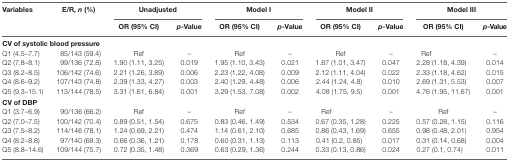
<table><thead><tr><td rowspan="2"><b>Variables</b></td><td rowspan="2"><b>E/R, <i>n</i> (%)</b></td><td colspan="2"><b>Unadjusted</b></td><td colspan="2"><b>Model I</b></td><td colspan="2"><b>Model II</b></td><td colspan="2"><b>Model III</b></td></tr><tr><td><b>OR (95% CI)</b></td><td><b><i>p</i>-Value</b></td><td><b>OR (95% CI)</b></td><td><b><i>p</i>-Value</b></td><td><b>OR (95% CI)</b></td><td><b><i>p</i>-Value</b></td><td><b>OR (95% CI)</b></td><td><b><i>p</i>-Value</b></td></tr></thead><tbody><tr><td colspan="10"><b>CV of systolic blood pressure</b></td></tr><tr><td>Q1 (4.5–7.7)</td><td>85/143 (59.4)</td><td>Ref</td><td>–</td><td>Ref</td><td>–</td><td>Ref</td><td>–</td><td>Ref</td><td>–</td></tr><tr><td>Q2 (7.8–8.1)</td><td>99/136 (72.8)</td><td>1.90 (1.11, 3.25)</td><td>0.019</td><td>1.95 (1.10, 3.43)</td><td>0.021</td><td>1.87 (1.01, 3.47)</td><td>0.047</td><td>2.28 (1.18, 4.39)</td><td>0.014</td></tr><tr><td>Q3 (8.2–8.5)</td><td>106/142 (74.6)</td><td>2.21 (1.26, 3.89)</td><td>0.006</td><td>2.23 (1.22, 4.08)</td><td>0.009</td><td>2.12 (1.11, 4.04)</td><td>0.022</td><td>2.33 (1.18, 4.62)</td><td>0.015</td></tr><tr><td>Q4 (8.6–9.2)</td><td>107/143 (74.8)</td><td>2.39 (1.33, 4.27)</td><td>0.003</td><td>2.40 (1.29, 4.48)</td><td>0.006</td><td>2.44 (1.24, 4.8)</td><td>0.010</td><td>2.69 (1.31, 5.53)</td><td>0.007</td></tr><tr><td>Q5 (9.3–15.1)</td><td>113/144 (78.5)</td><td>3.31 (1.61, 6.84)</td><td>0.001</td><td>3.29 (1.53, 7.08)</td><td>0.002</td><td>4.08 (1.75, 9.5)</td><td>0.001</td><td>4.76 (1.95, 11.67)</td><td>0.001</td></tr><tr><td colspan="10"><b>CV of DBP</b></td></tr><tr><td>Q1 (3.7–6.9)</td><td>90/136 (66.2)</td><td>Ref</td><td>–</td><td>Ref</td><td>–</td><td>Ref</td><td>–</td><td>Ref</td><td>–</td></tr><tr><td>Q2 (7.0–7.5)</td><td>100/142 (70.4)</td><td>0.89 (0.51, 1.54)</td><td>0.675</td><td>0.83 (0.46, 1.49)</td><td>0.534</td><td>0.67 (0.35, 1.28)</td><td>0.225</td><td>0.57 (0.28, 1.15)</td><td>0.116</td></tr><tr><td>Q3 (7.5–8.2)</td><td>114/146 (78.1)</td><td>1.24 (0.69, 2.21)</td><td>0.474</td><td>1.14 (0.61, 2.10)</td><td>0.685</td><td>0.86 (0.43, 1.69)</td><td>0.655</td><td>0.98 (0.48, 2.01)</td><td>0.954</td></tr><tr><td>Q4 (8.2–8.8)</td><td>97/140 (69.3)</td><td>0.66 (0.36, 1.21)</td><td>0.178</td><td>0.60 (0.31, 1.13)</td><td>0.113</td><td>0.41 (0.2, 0.85)</td><td>0.017</td><td>0.31 (0.14, 0.68)</td><td>0.004</td></tr><tr><td>Q5 (8.8–14.6)</td><td>109/144 (75.7)</td><td>0.72 (0.35, 1.48)</td><td>0.369</td><td>0.63 (0.29, 1.36)</td><td>0.244</td><td>0.33 (0.13, 0.86)</td><td>0.024</td><td>0.27 (0.1, 0.74)</td><td>0.011</td></tr></tbody></table>